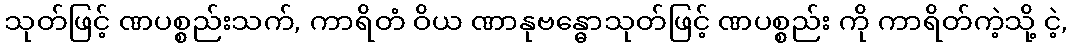
သုတ်ဖြင့် ဏပစ္စည်းသက်, ကာရိတံ ဝိယ ဏာနုဗန္ဓောသုတ်ဖြင့် ဏပစ္စည်း ကို ကာရိတ်ကဲ့သို့ ငဲ့,